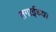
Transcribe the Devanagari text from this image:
तगाईच्या